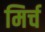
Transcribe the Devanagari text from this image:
मिर्च